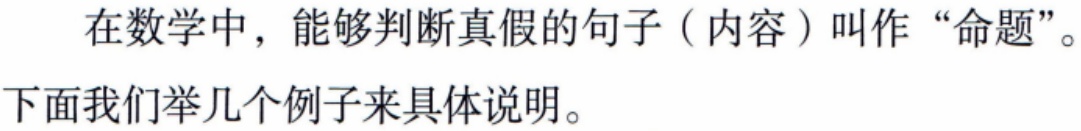
在数学中，能够判断真假的句子（内容）叫作“命题”。
下面我们举几个例子来具体说明。